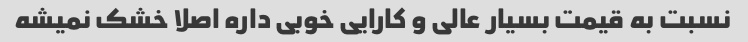
نسبت به قیمت بسیار عالی و کارایی خوبی داره اصلا خشک نمیشه